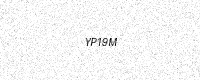
Text: YP19M